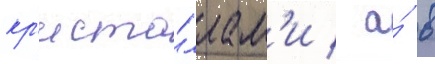
кр'иста́ллам'и / а́ в